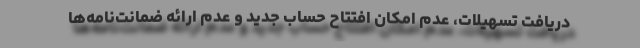
دریافت تسهیلات، عدم امکان افتتاح حساب جدید و عدم ارائه ضمانت‌نامه‌ها